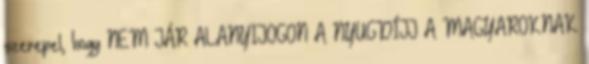
szerepel, hogy NEM JÁR ALANYIJOGON A NYUGDÍJJ A MAGYAROKNAK